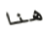
هنا